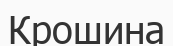
Крошина